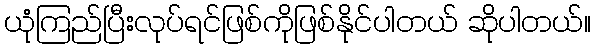
ယုံကြည်ပြီးလုပ်ရင်ဖြစ်ကိုဖြစ်နိုင်ပါတယ် ဆိုပါတယ်။